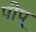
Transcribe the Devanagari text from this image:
पोप्